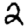
Digit: 2